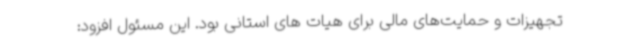
تجهیزات و حمایت‌های مالی برای هیات های استانی بود. این مسئول افزود: